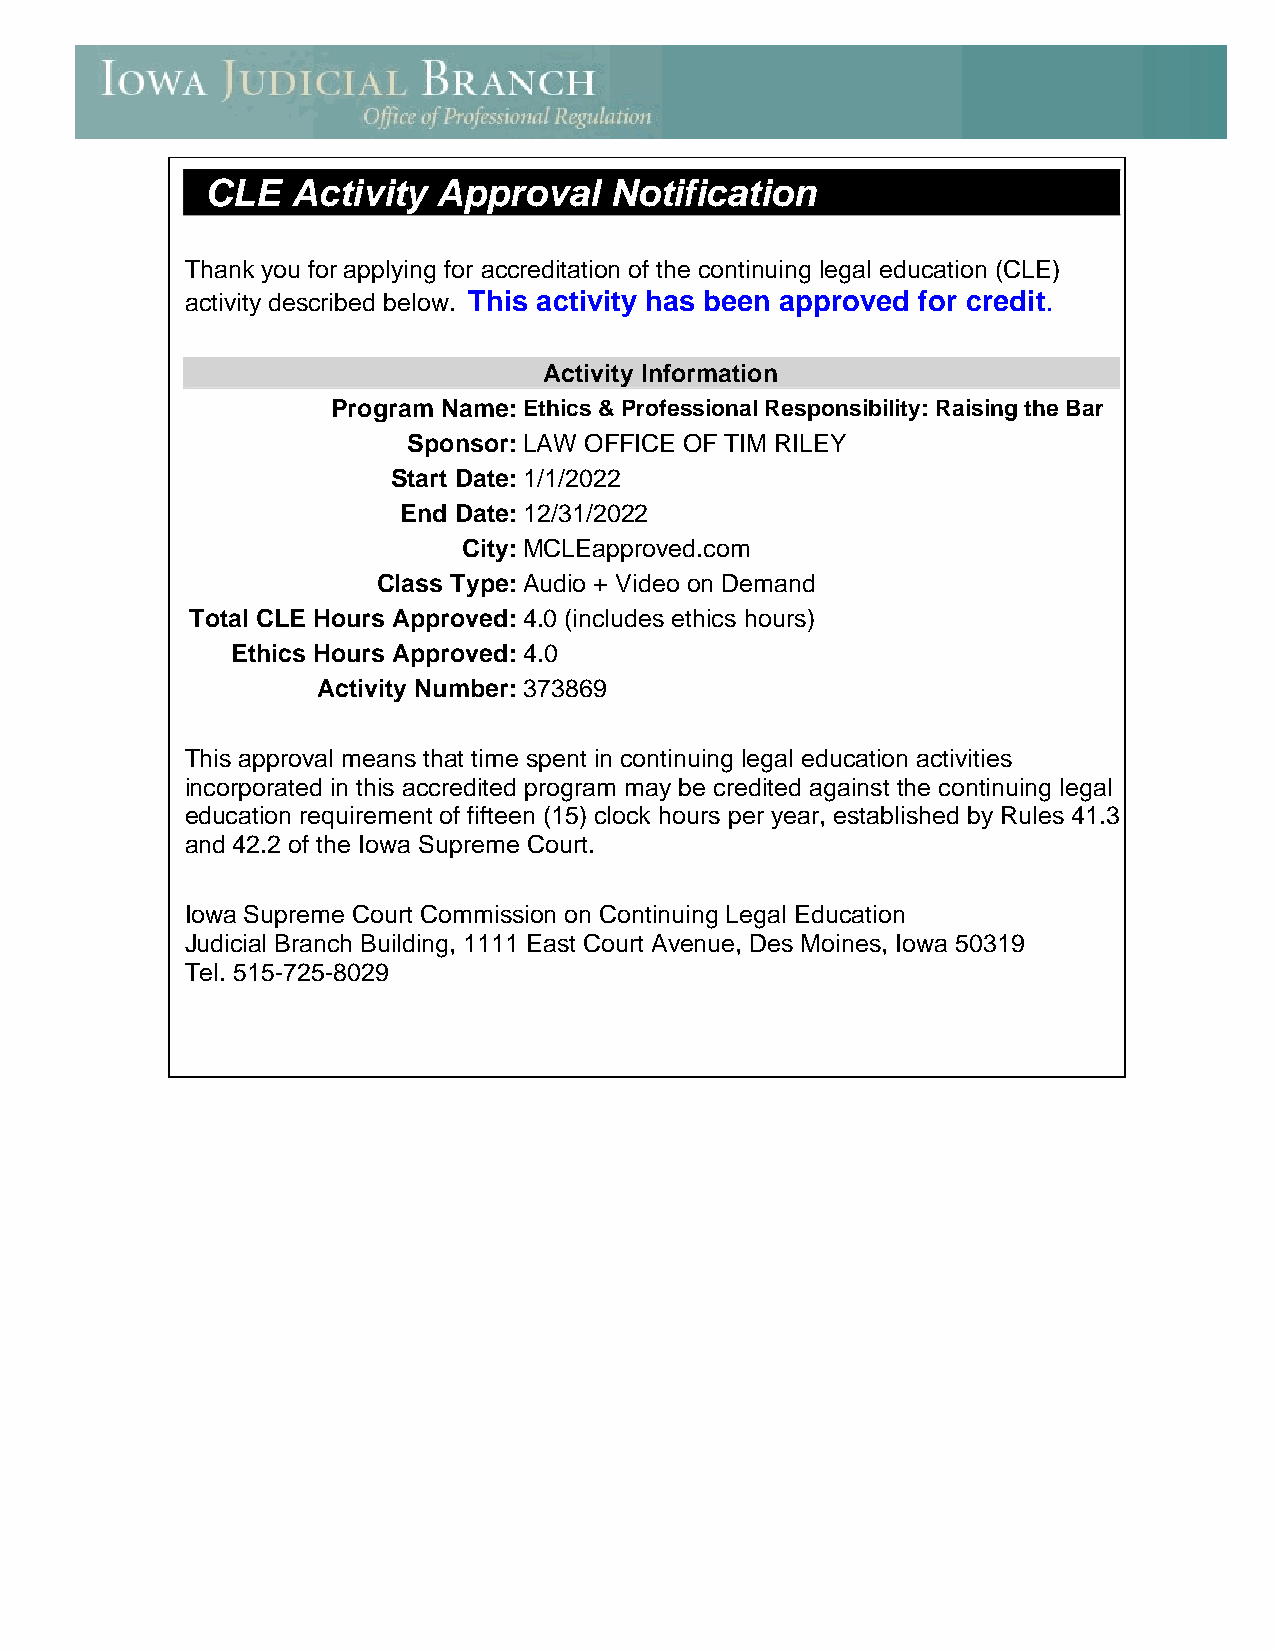
CLE  Activity  Approval   Notification
 Thank you for applying for accreditation of the continuing legal education (CLE)
 activity described below. This activity has been approved for credit.
 Activity Information
 Program Name: Ethics & Professional Responsibility: Raising the Bar
 Sponsor: LAW OFFICE OF TIM RILEY
 Start Date:1/1/2022
 End Date: 12/31/2022
 City: MCLEapproved.com
 Class Type: Audio + Video on Demand
 Total CLE Hours Approved: 4.0 (includes ethics hours)
 Ethics Hours Approved: 4.0
 Activity Number: 373869
 This approval means that time spent in continuing legal education activities
 incorporated in this accredited program may be credited against the continuing legal
 education requirement of fifteen (15) clock hours per year, established by Rules 41.3
 and 42.2 of the Iowa Supreme Court.
 Iowa Supreme Court Commission on Continuing Legal Education
 Judicial Branch Building, 1111 East Court Avenue, Des Moines, Iowa 50319
 Tel. 515-725-8029